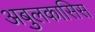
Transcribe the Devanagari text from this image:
अबुलकासिस